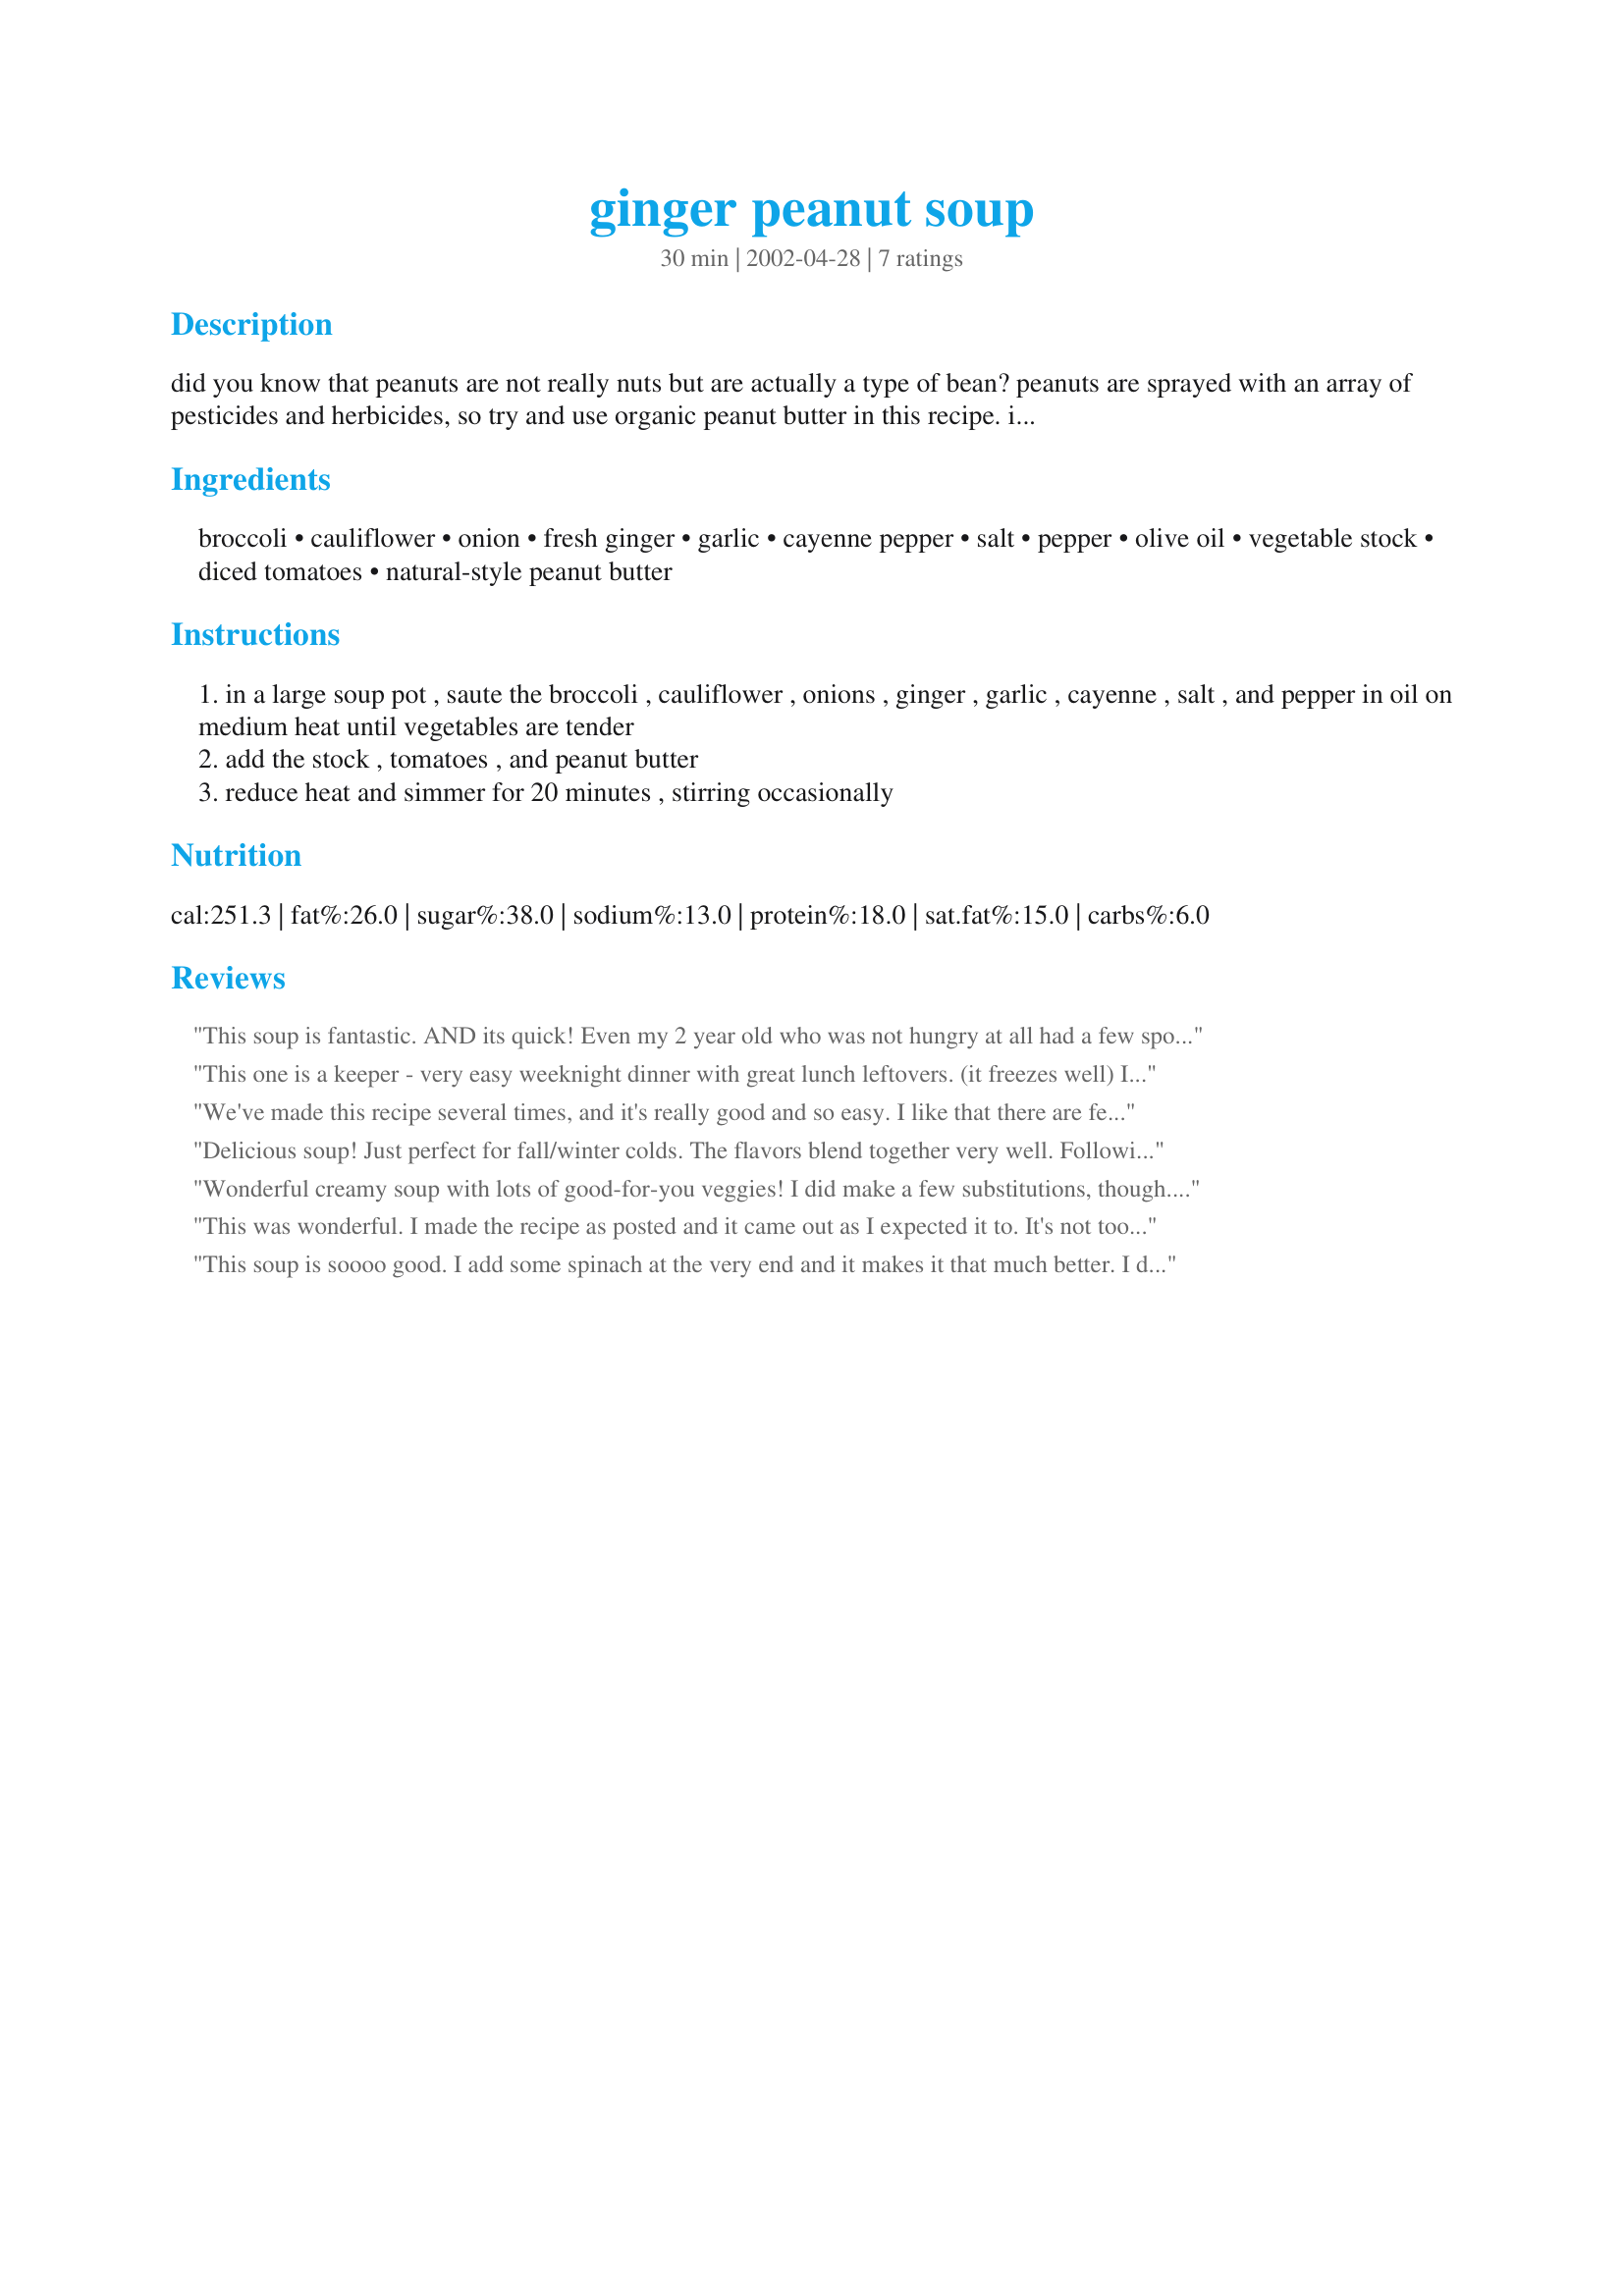
ginger peanut soup
Preparation time: 30 minutes

did you know that peanuts are not really nuts but are actually a type of bean? peanuts are sprayed with an array of pesticides and herbicides, so try and use organic peanut butter in this recipe. it will taste better. (this recipe is from the cookbook "how it all vegan".)

Ingredients:
broccoli, cauliflower, onion, fresh ginger, garlic, cayenne pepper, salt, pepper, olive oil, vegetable stock, diced tomatoes, natural-style peanut butter

Steps:
in a large soup pot , saute the broccoli , cauliflower , onions , ginger , garlic , cayenne , salt , and pepper in oil on medium heat until vegetables are tender
add the stock , tomatoes , and peanut butter
reduce heat and simmer for 20 minutes , stirring occasionally

Reviews:
This soup is fantastic. AND its quick!
Even my 2 year old who was not hungry at all had a few spoonfuls once he had tasted it. Normally soup is a complete waste of time with him. The 5 year old also ate it without complaint.
I bet this soup will be even better tomorrow...IF it lasts that long!
This one is a keeper - very easy weeknight dinner with great lunch leftovers. (it freezes well) I also added a handful of spinach. thanks!
We've made this recipe several times, and it's really good and so easy. I like that there are few ingredients, it's not too tomato-ey. It's very good as it, and it's also really easy to add to depending on what's in the fridge, carrots are nice, bell peppers. Thanks for a great recipe!
Delicious soup! Just perfect for fall/winter colds. The flavors blend together very well. Following other reviewers suggestions I added some spinach and some more garlic and ginger (my family loves both). Kids and adults enjoyed it alike. Thanks for a great recipe.
Wonderful creamy soup with lots of good-for-you veggies! I did make a few substitutions, though. I had no cauliflower and used some chopped kale instead, and instead of PB I used macadamia nut butter (just what I had around.) The combo of ginger with the slight hint of nut butter was awesome. On the second day I added some mung bean sprouts and a little tamari. I can see this being very versatile as far as add ins. Ginger and garlic lovers - add a little extra, these two flavors really add a lot to this great soup!
This was wonderful. I made the recipe as posted and it came out as I expected it to. It's not too creamy and definitely comfort food for a winter evening. The recipe makes a lot, so tomorrow I might add some sliced roasted chicken on top. Thanks so much for this "keeper" of a recipe Miel.
This soup is soooo good. I add some spinach at the very end and it makes it that much better. I don't add cayenne pepper, but do add some cumin. Either way this soup is a keeper. My non-vegan friends even said this soup kept them full :)
